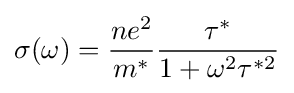
\sigma (\omega )={\frac {ne^{2}}{m^{*}}}{\frac {\tau ^{*}}{1+\omega ^{2}\tau ^{*2}}}